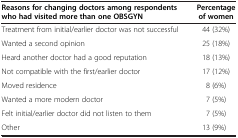
<table><thead><tr><td><b>Reasons for changing doctors among respondents who hadvisited more than one OBSGYN</b></td><td><b>Percentage of women</b></td></tr></thead><tbody><tr><td>Treatment from initial/earlier doctor was not successful</td><td>44 (32%)</td></tr><tr><td>Wanted a second opinion</td><td>25 (18%)</td></tr><tr><td>Heard another doctor had a good reputation</td><td>18 (13%)</td></tr><tr><td>Not compatible with the first/earlier doctor</td><td>17 (12%)</td></tr><tr><td>Moved residence</td><td>8 (6%)</td></tr><tr><td>Wanted a more modern doctor</td><td>7 (5%)</td></tr><tr><td>Felt initial/earlier doctor did not listen to them</td><td>7 (5%)</td></tr><tr><td>Other</td><td>13 (9%)</td></tr></tbody></table>